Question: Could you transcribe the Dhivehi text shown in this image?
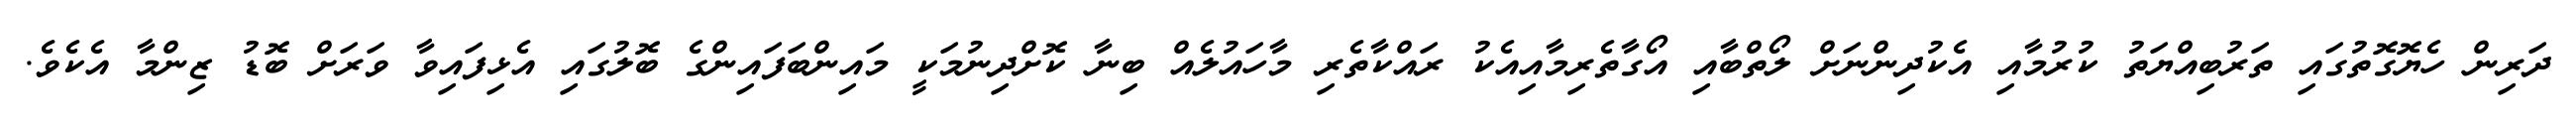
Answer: ދަރިން ހެޔޮގޮތުގައި ތަރުބިއްޔަތު ކުރުމާއި އެކުދިންނަށް ލޯތްބާއި އޯގާތެރިމާއިއެކު ރައްކާތެރި މާހައުލެއް ބިނާ ކޮށްދިނުމަކީ މައިންބަފައިންގެ ބޮލުގައި އެޅިފައިވާ ވަރަށް ބޮޑު ޒިންމާ އެކެވެ.